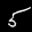
Label: 5